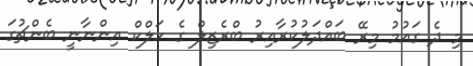
މި ދެ ގައުމު މިރޭ ބައްދަލުކުރާއިރު ބްރެޒިލް ގެ ހަލްކް އިންނާނީ ބެންޗުގަ